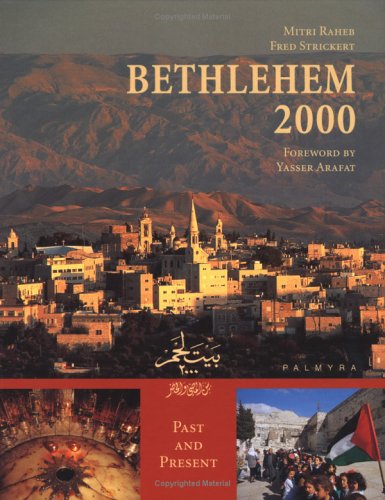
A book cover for Bethlehem 2000; Mitri Raheb; Travel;